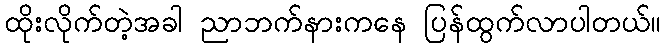
ထိုးလိုက်တဲ့အခါ ညာဘက်နားကနေ ပြန်ထွက်လာပါတယ်။